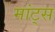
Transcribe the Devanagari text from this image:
मांट्स